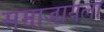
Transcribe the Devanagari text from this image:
समाजायला